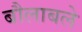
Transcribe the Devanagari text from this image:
बौलाबले